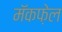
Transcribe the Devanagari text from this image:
मॅकफ़ेल